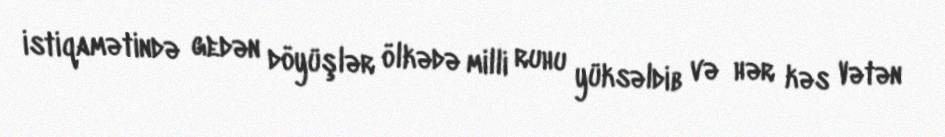
istiqamətində gedən döyüşlər ölkədə milli ruhu yüksəldib və hər kəs Vətən